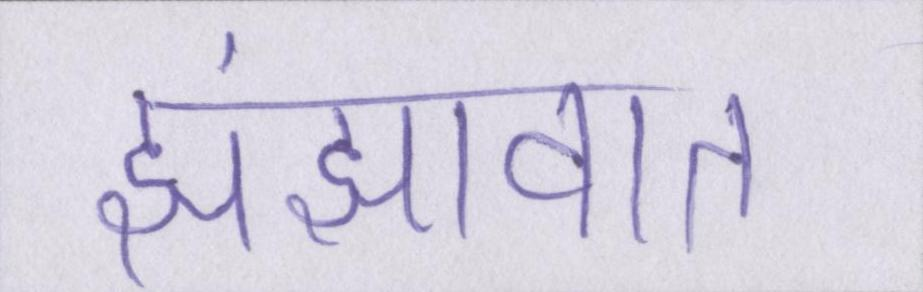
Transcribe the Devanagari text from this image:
झंझावात